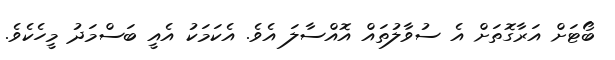
ބޯޓަށް އަރާގޮތަށް އެ ސުވާލުތައް އޮއްސާލަ އެވެ. އެކަމަކު އެއީ ބަސްމަދު މީހެކެވެ.